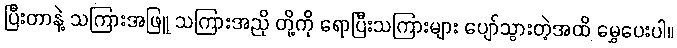
ပြီးတာနဲ့ သကြားအဖြူ သကြားအညို တို့ကို ရောပြီးသကြားများ ပျော်သွားတဲ့အထိ မွှေပေးပါ။